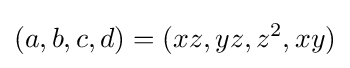
(a,b,c,d)=(xz,yz,z^{2},xy)